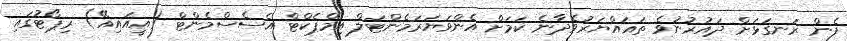
ފެން ރަނގަޅަށް ދައުރުނުވެ ތަޣައްޔަރުވެދާނެ ކަމަށް އެންވަޔަރަމެންޓަލް އިމްޕެކްޓް އެސެސްމެންޓް (އީއައިއޭ) ރިޕޯޓުގައި